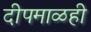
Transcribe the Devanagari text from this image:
दीपमाळही